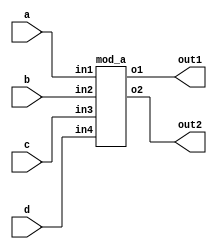
module top_module ( 
    input a, 
    input b, 
    input c,
    input d,
    output out1,
    output out2
);
    mod_a a1( a, b, c, d, out1, out2);
endmodule

module mod_a ( 
    input in1, in2, in3, in4,
    output o1, o2
);
endmodule